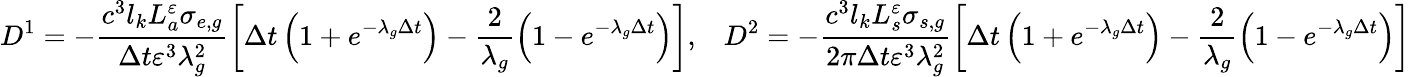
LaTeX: D^{1}=-\frac{c^{\mathrm{3}}l_{k}L_{a}^{\varepsilon}\sigma_{e,g}}{\Delta t\varepsilon^{\mathrm{3}}\lambda_{g}^{2}}\left[\Delta t\left(1+e^{-\lambda_{g}\Delta t}\right)-\frac{2}{\lambda_{g}}\left(1-e^{-\lambda_{g}\Delta t}\right)\right],\mathrm{\; \; \; }D^{2}=-\frac{c^{\mathrm{3}}l_{k}L_{s}^{\varepsilon}\sigma_{s,g}}{2\pi\Delta t\varepsilon^{\mathrm{3}}\lambda_{g}^{2}}\left[\Delta t\left(1+e^{-\lambda_{g}\Delta t}\right)-\frac{2}{\lambda_{g}}\left(1-e^{-\lambda_{g}\Delta t}\right)\right]